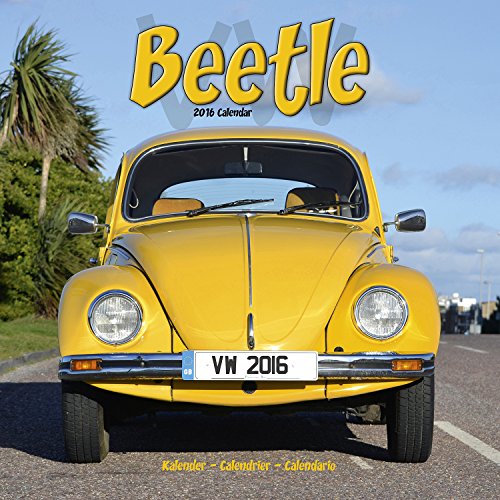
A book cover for VW Beetle Calendar- 2016 Wall calendars - Car Calendar - Automobile Calendar - Monthly Wall Calendar by Avonside; MegaCalendars; Calendars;